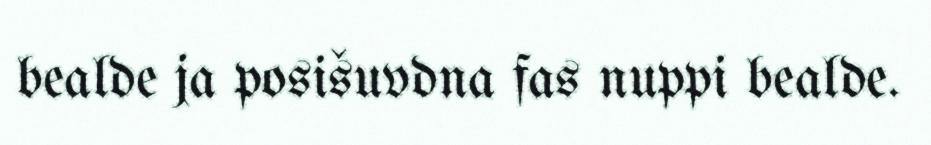
bealde ja posišuvdna fas nuppi bealde.